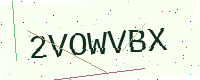
Text: 2VOWVBX